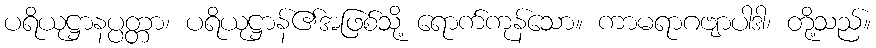
ပရိယုဋ္ဌာနပ္ပတ္တာ၊ ပရိယုဋ္ဌာန်၏အဖြစ်သို့ ရောက်ကုန်သော။ ကာမရာဂဗျာပါဒါ၊ တို့သည်။